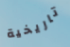
تاريخية